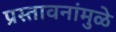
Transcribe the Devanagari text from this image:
प्रस्तावनांमुळे